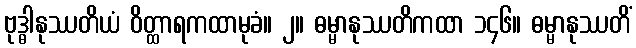
ဗုဒ္ဓါနုဿတိယံ ဝိတ္ထာရကထာမုခံ။ ၂။ ဓမ္မာနုဿတိကထာ ၁၄၆။ ဓမ္မာနုဿတိံ